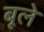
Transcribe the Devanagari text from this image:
बूले